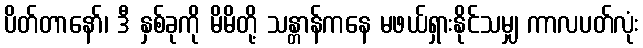
ပိတ်တာနော်၊ ဒီ နှစ်ခုကို မိမိတို့ သန္တာန်ကနေ မဖယ်ရှားနိုင်သမျှ ကာလပတ်လုံး